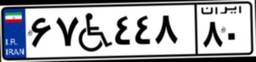
۶۷W۴۴۸۸۰